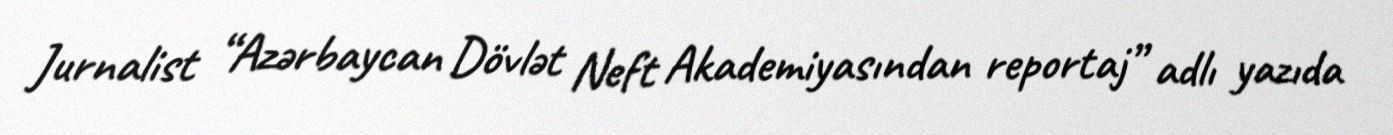
Jurnalist “Azərbaycan Dövlət Neft Akademiyasından reportaj” adlı yazıda